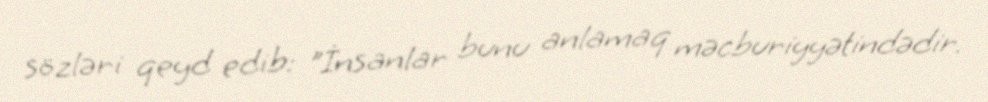
sözləri qeyd edib: "İnsanlar bunu anlamaq məcburiyyətindədir.